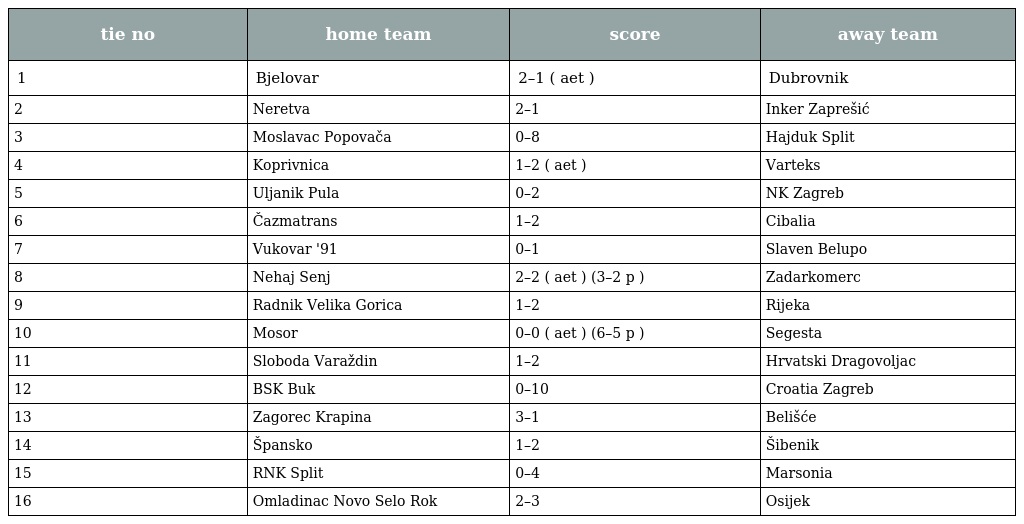
| tie no | home team | score | away team |
 | --- | --- | --- | --- |
 | 1 | Bjelovar | 2–1 ( aet ) | Dubrovnik |
 | 2 | Neretva | 2–1 | Inker Zaprešić |
 | 3 | Moslavac Popovača | 0–8 | Hajduk Split |
 | 4 | Koprivnica | 1–2 ( aet ) | Varteks |
 | 5 | Uljanik Pula | 0–2 | NK Zagreb |
 | 6 | Čazmatrans | 1–2 | Cibalia |
 | 7 | Vukovar '91 | 0–1 | Slaven Belupo |
 | 8 | Nehaj Senj | 2–2 ( aet ) (3–2 p ) | Zadarkomerc |
 | 9 | Radnik Velika Gorica | 1–2 | Rijeka |
 | 10 | Mosor | 0–0 ( aet ) (6–5 p ) | Segesta |
 | 11 | Sloboda Varaždin | 1–2 | Hrvatski Dragovoljac |
 | 12 | BSK Buk | 0–10 | Croatia Zagreb |
 | 13 | Zagorec Krapina | 3–1 | Belišće |
 | 14 | Špansko | 1–2 | Šibenik |
 | 15 | RNK Split | 0–4 | Marsonia |
 | 16 | Omladinac Novo Selo Rok | 2–3 | Osijek |